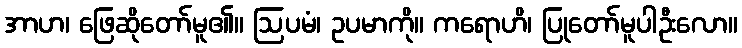
အာဟ၊ ဖြေဆိုတော်မူ၏။ ဩပမံ၊ ဥပမာကို။ ကရောဟိ၊ ပြုတော်မူပါဦးလော။